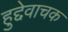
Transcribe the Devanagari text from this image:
हुद्देवाचक